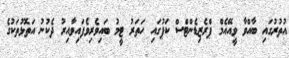
އުތުރުގައި ބާއްވާ ވީއޭއެމް ޕްރެޒިޑެންޓްސް ކަޕުގައި ހަތަރު ޓީމު ބައިވެރިވެފައިވާއިރު ދެކުނު އަތޮޅުތަކުގެ